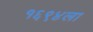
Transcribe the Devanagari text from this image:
१६९४ला